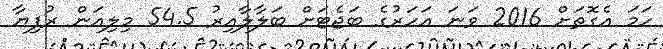
ހަމަ އެގޮތަށް 2016 ވަނަ އަހަރުގެ ބަޖެޓަށް ބަލާލާއިރު 54.5 މިލިއަން ރުފިޔާ